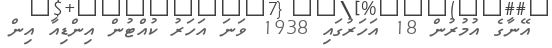
އޭނާގެ އުމުރުން 18 އަހަރުގައި 1938 ވަނަ އަހަރު ކުއްޓުން އިންޑިއާ އިން